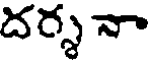
దర్శ నా